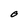
Character: O